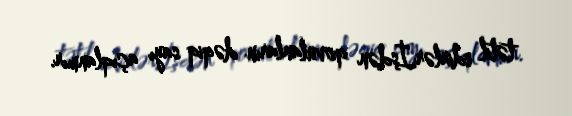
tətil edirlər.İşdən qovulanların dəqiq sayı açıqlanmır.